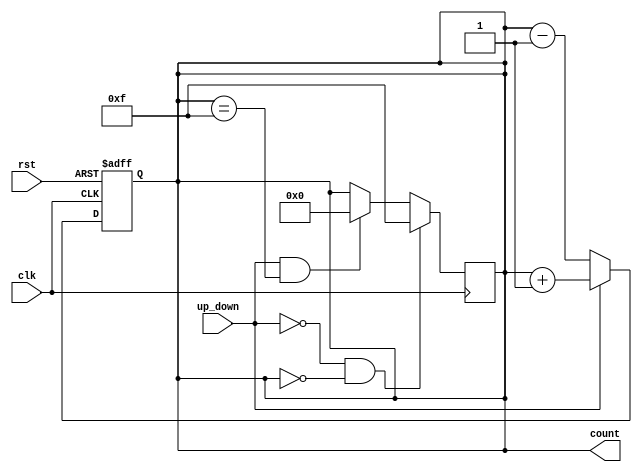
module up_down_counter (
    input wire clk,            // Clock signal
    input wire rst,            // Asynchronous reset signal
    input wire up_down,        // Control signal: 1 for up, 0 for down
    output reg [3:0] count     // 4-bit count output
);

    // Asynchronous reset and counting logic
    always @(posedge clk or posedge rst) begin
        if (rst) begin
            count <= 4'b0000;  // Reset count to 0
        end else begin
            if (up_down) begin
                count <= count + 1;  // Increment count
            end else begin
                count <= count - 1;  // Decrement count
            end
        end
    end

    // Handle wrapping around for down counting
    always @(posedge clk) begin
        if (!up_down && count == 4'b0000) begin
            count <= 4'b1111;  // Wrap around to 15 when decrementing from 0
        end else if (up_down && count == 4'b1111) begin
            count <= 4'b0000;  // Wrap around to 0 when incrementing from 15
        end
    end

endmodule